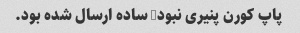
پاپ کورن پنیری نبود, ساده ارسال شده بود.